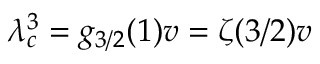
\lambda _ { c } ^ { 3 } = g _ { 3 / 2 } ( 1 ) v = \zeta ( 3 / 2 ) v